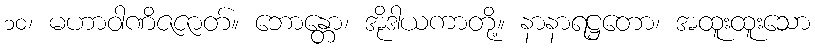
၁၀၊ မဟာဝါဏိဇဇာတ်။ ဘောန္တော၊ အိုဒါယကာတို့။ နာနာရဋ္ဌတော၊ အထူးထူးသော